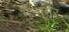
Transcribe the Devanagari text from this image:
मैनामर